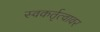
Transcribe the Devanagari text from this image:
स्वकर्तृत्वावर